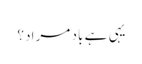
یہی ہے باد مراد؟